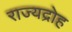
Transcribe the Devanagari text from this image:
राज्यद्रोह